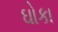
ઘોકા